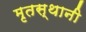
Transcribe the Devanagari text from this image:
मृतस्थानी